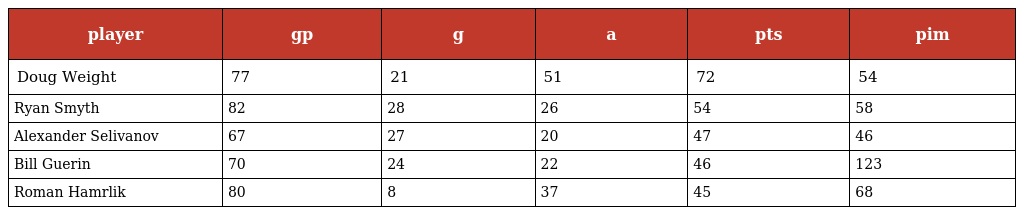
| player | gp | g | a | pts | pim |
 | --- | --- | --- | --- | --- | --- |
 | Doug Weight | 77 | 21 | 51 | 72 | 54 |
 | Ryan Smyth | 82 | 28 | 26 | 54 | 58 |
 | Alexander Selivanov | 67 | 27 | 20 | 47 | 46 |
 | Bill Guerin | 70 | 24 | 22 | 46 | 123 |
 | Roman Hamrlik | 80 | 8 | 37 | 45 | 68 |